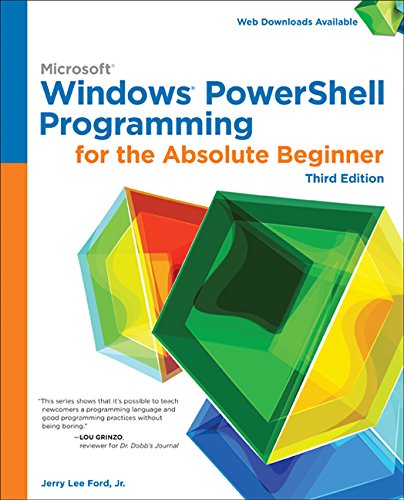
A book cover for Windows PowerShell Programming for the Absolute Beginner, 3rd; Jr.   Jerry Lee Ford; Computers & Technology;